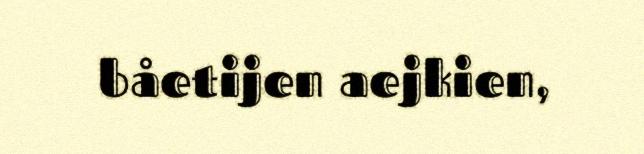
båetijen aejkien,